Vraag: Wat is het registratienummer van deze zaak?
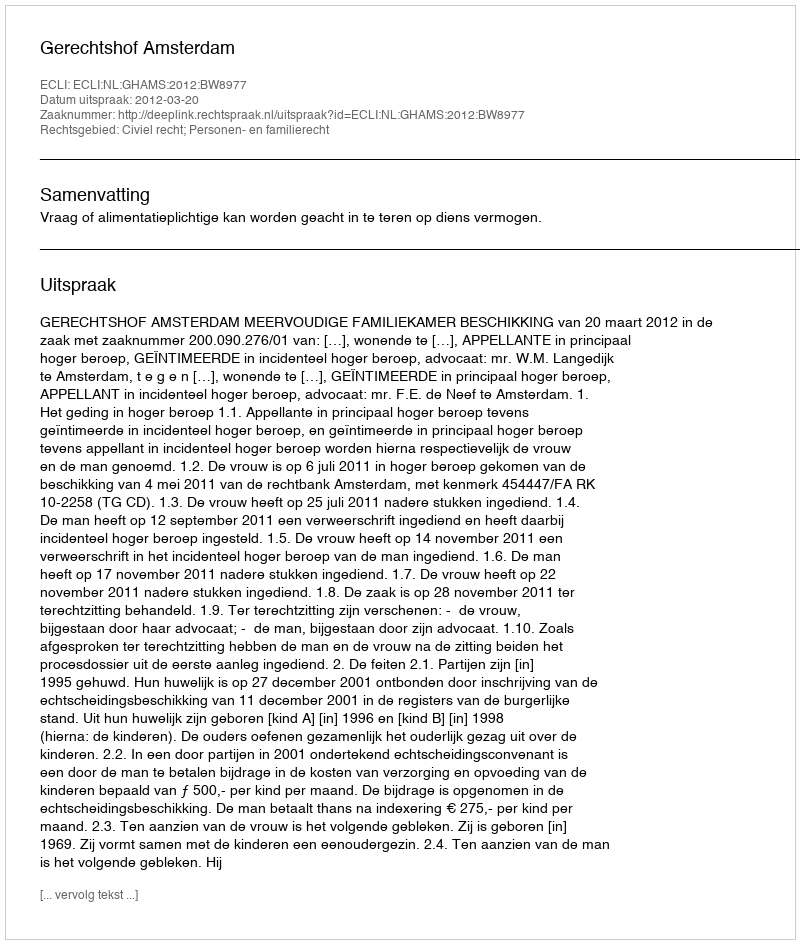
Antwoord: http://deeplink.rechtspraak.nl/uitspraak?id=ECLI:NL:GHAMS:2012:BW8977